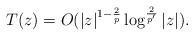
LaTeX: \begin{align*} T(z)=O(|z|^{1-\frac{2}{p}}\log^{\frac{2}{p'}}|z|). \end{align*}